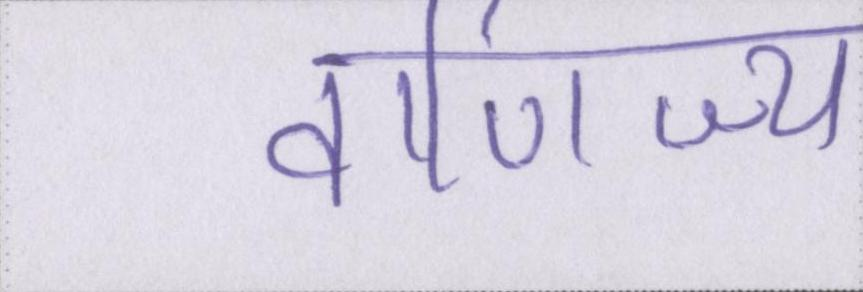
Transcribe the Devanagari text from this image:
वाणिज्य